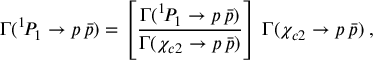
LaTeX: \Gamma ( ^ { 1 } \! P _ { 1 } \to p \, \bar { p } ) = \left[ \frac { \Gamma ( ^ { 1 } \! P _ { 1 } \to p \, \bar { p } ) } { \Gamma ( \chi _ { c 2 } \to p \, \bar { p } ) } \right] \, \Gamma ( \chi _ { c 2 } \to p \, \bar { p } ) \; ,